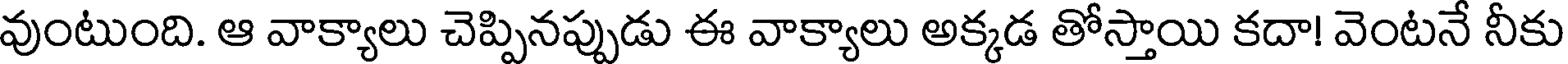
వుంటుంది. ఆ వాక్యాలు చెప్పినప్పుడు ఈ వాక్యాలు అక్కడ తోస్తాయి కదా! వెంటనే నీకు